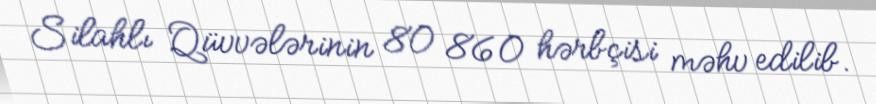
Silahlı Qüvvələrinin 80 860 hərbçisi məhv edilib.